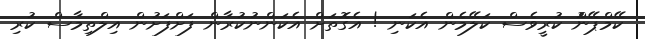
ކޭމްޕޭންު ކުރީވެސް ކަލޭމެން އެކަނި ! އެގޮތަށް އެކަންނުކުރާން ފަށްފަށުން އިލްތިމާސް ކުރި